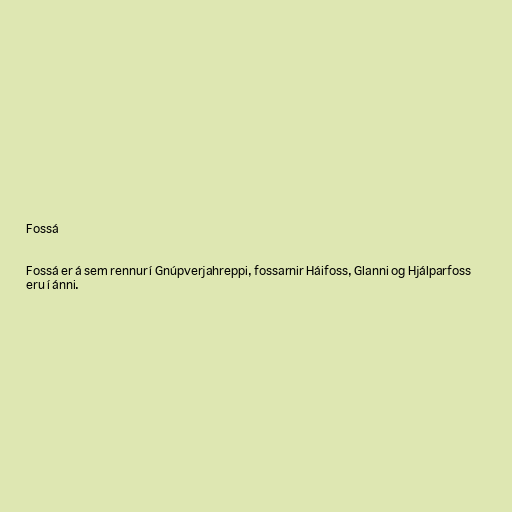
Fossá

Fossá er á sem rennur í Gnúpverjahreppi, fossarnir Háifoss, Glanni og Hjálparfoss
eru í ánni.